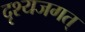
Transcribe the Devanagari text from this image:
दृश्यजगत्‌